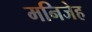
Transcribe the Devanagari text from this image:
मनिजेह